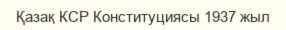
Қазақ КСР Конституциясы 1937 жыл